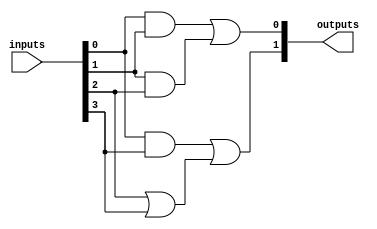
module masked_pal (
    input wire [N-1:0] inputs,     // N input lines
    output wire [M-1:0] outputs     // M output lines
);

// Parameter definitions
parameter N = 4; // Number of inputs
parameter M = 2; // Number of outputs
parameter AND_GATES = 4; // Number of AND gates

// Internal signals for AND gate outputs
wire [AND_GATES-1:0] and_out;

// AND gate logic (programmable)
generate
    genvar i;
    for (i = 0; i < AND_GATES; i = i + 1) begin : and_gate
        // Example programming: 
        // The actual programming would depend on the fuse links in the manufacturing stage.
        // Here, we will define a simple programmable logic for demonstration purposes.
        case (i)
            0: assign and_out[i] = inputs[0] & inputs[1]; // AND gate 0
            1: assign and_out[i] = inputs[1] & inputs[2]; // AND gate 1
            2: assign and_out[i] = inputs[0] & inputs[3]; // AND gate 2
            3: assign and_out[i] = inputs[2] | inputs[3]; // AND gate 3 (example of OR operation)
            default: assign and_out[i] = 1'b0;
        endcase
    end
endgenerate

// OR gate logic (fixed)
assign outputs[0] = and_out[0] | and_out[1]; // Output 0
assign outputs[1] = and_out[2] | and_out[3]; // Output 1

endmodule